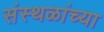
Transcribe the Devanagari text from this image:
संस्थळांच्या